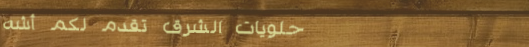
حلويات الشرق تقدم لكم أشه